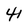
Character: 4